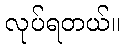
လုပ်ရတယ်။